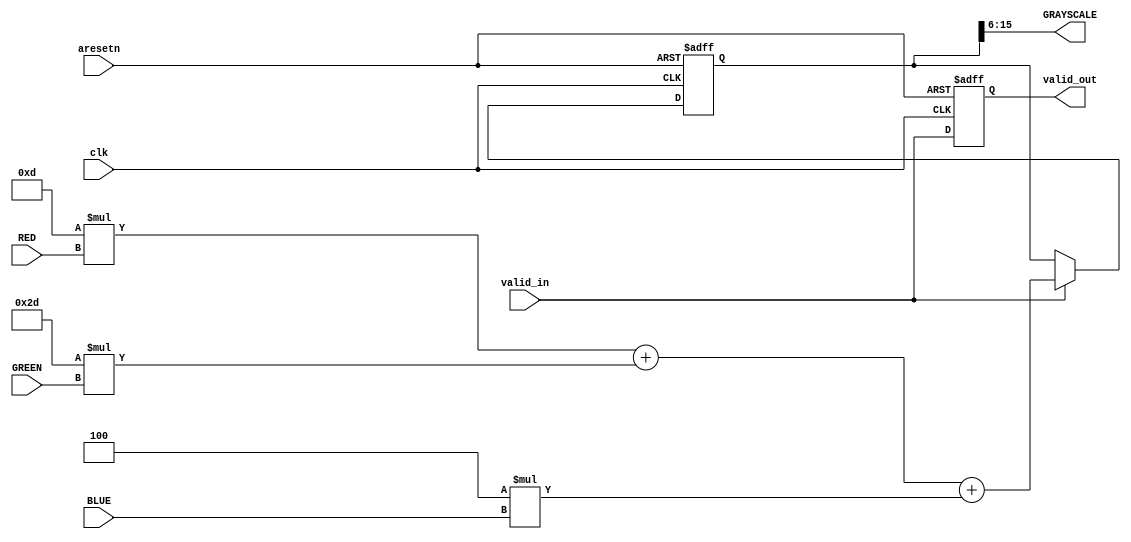
module rgb_to_grayscale #(
	parameter rgb_width = 10
)(
	//////////// CLOCK //////////
	input 		          					clk,

	//////////// DATA ///////////
	input wire		    [(rgb_width-1):0]	RED,
	input wire			[(rgb_width-1):0]	GREEN,
	input wire			[(rgb_width-1):0]	BLUE,
	output wire 		[(rgb_width-1):0]	GRAYSCALE,

	//////////// CONTROL ///////////
	input									valid_in,
	input									aresetn,
	output									valid_out
);

// RGB-Grayscale Coefficients (See Wikipedia)
localparam frac_width  = 6;
localparam fixed_width = frac_width + rgb_width;
localparam red_coeff   = 13; // floor(.2126 << 6)
localparam green_coeff = 45; // floor(.7152 << 6)
localparam blue_coeff  = 4;  // floor(.0722 << 6)

// Internal signals
reg [(fixed_width-1):0] int_gray;
reg 	   			  	int_valid_out;

// Slice fractional portion of grayscale (i.e. rounding)
assign GRAYSCALE = int_gray[(fixed_width-1):frac_width];

// Wire to reg
assign valid_out = int_valid_out;

// Apply equation when valid data is available
always @(posedge clk or negedge aresetn) begin
	if (~aresetn) 		int_gray <= 0;
	else if (valid_in)	int_gray <= red_coeff*RED + green_coeff*GREEN + blue_coeff*BLUE;
	else 				int_gray <= int_gray;
end

// Flop the valid signal
always @(posedge clk or negedge aresetn) begin
	if (~aresetn) 	int_valid_out <= 0;
	else 			int_valid_out <= valid_in;
end

endmodule